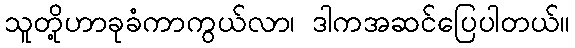
သူတို့ဟာခုခံကာကွယ်လာ၊ ဒါကအဆင်ပြေပါတယ်။